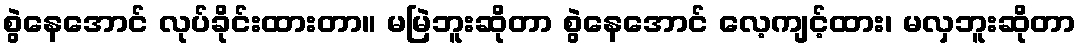
စွဲနေအောင် လုပ်ခိုင်းထားတာ။ မမြဲဘူးဆိုတာ စွဲနေအောင် လေ့ကျင့်ထား၊ မလှဘူးဆိုတာ